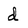
Character: d